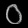
Digit: ၀